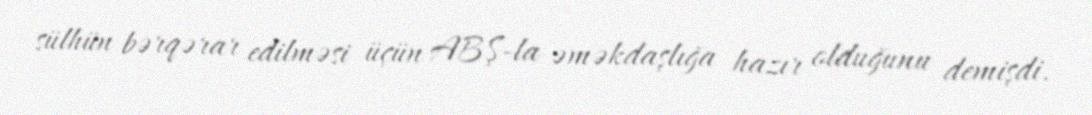
sülhün bərqərar edilməsi üçün ABŞ-la əməkdaşlığa hazır olduğunu demişdi.